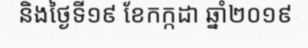
និងថ្ងៃទី១៩ ខែកក្កដា ឆ្នាំ២០១៩